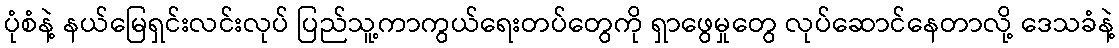
ပုံစံနဲ့ နယ်မြေရှင်းလင်းလုပ် ပြည်သူ့ကာကွယ်ရေးတပ်တွေကို ရှာဖွေမှုတွေ လုပ်ဆောင်နေတာလို့ ဒေသခံနဲ့